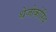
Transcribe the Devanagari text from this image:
थेजोकोरिंथ